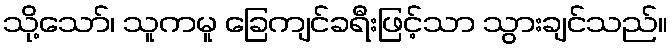
သို့သော်၊ သူကမူ ခြေကျင်ခရီးဖြင့်သာ သွားချင်သည်။